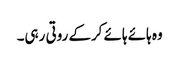
وہ ہائے ہائے کرکے روتی رہی۔